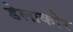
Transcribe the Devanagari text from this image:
डेलाकोर